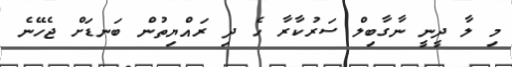
މި ލާ ދީނީ ނާގާބިލް ސަރުކާރާ ހެ ދި ރައްޔިތުން ބަނޑަށް ޖެހޭނެ